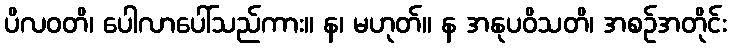
ပိလဝတိ၊ ပေါလာပေါ်သည်ကား။ န၊ မဟုတ်။ န အနုပဝိသတိ၊ အစဉ်အတိုင်း